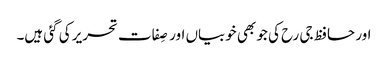
اور حافظ جی رح کی جو بھی خوبیاں اور صِفات تحریر کی گئی ہیں۔